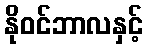
နိုဝင်ဘာလနှင့်